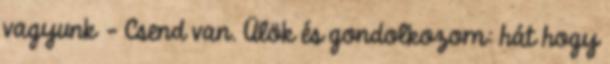
vagyunk - Csend van. Ülök és gondolkozom: hát hogy